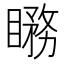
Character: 𥊦